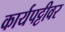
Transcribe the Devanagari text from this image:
कार्यपट्टीवर